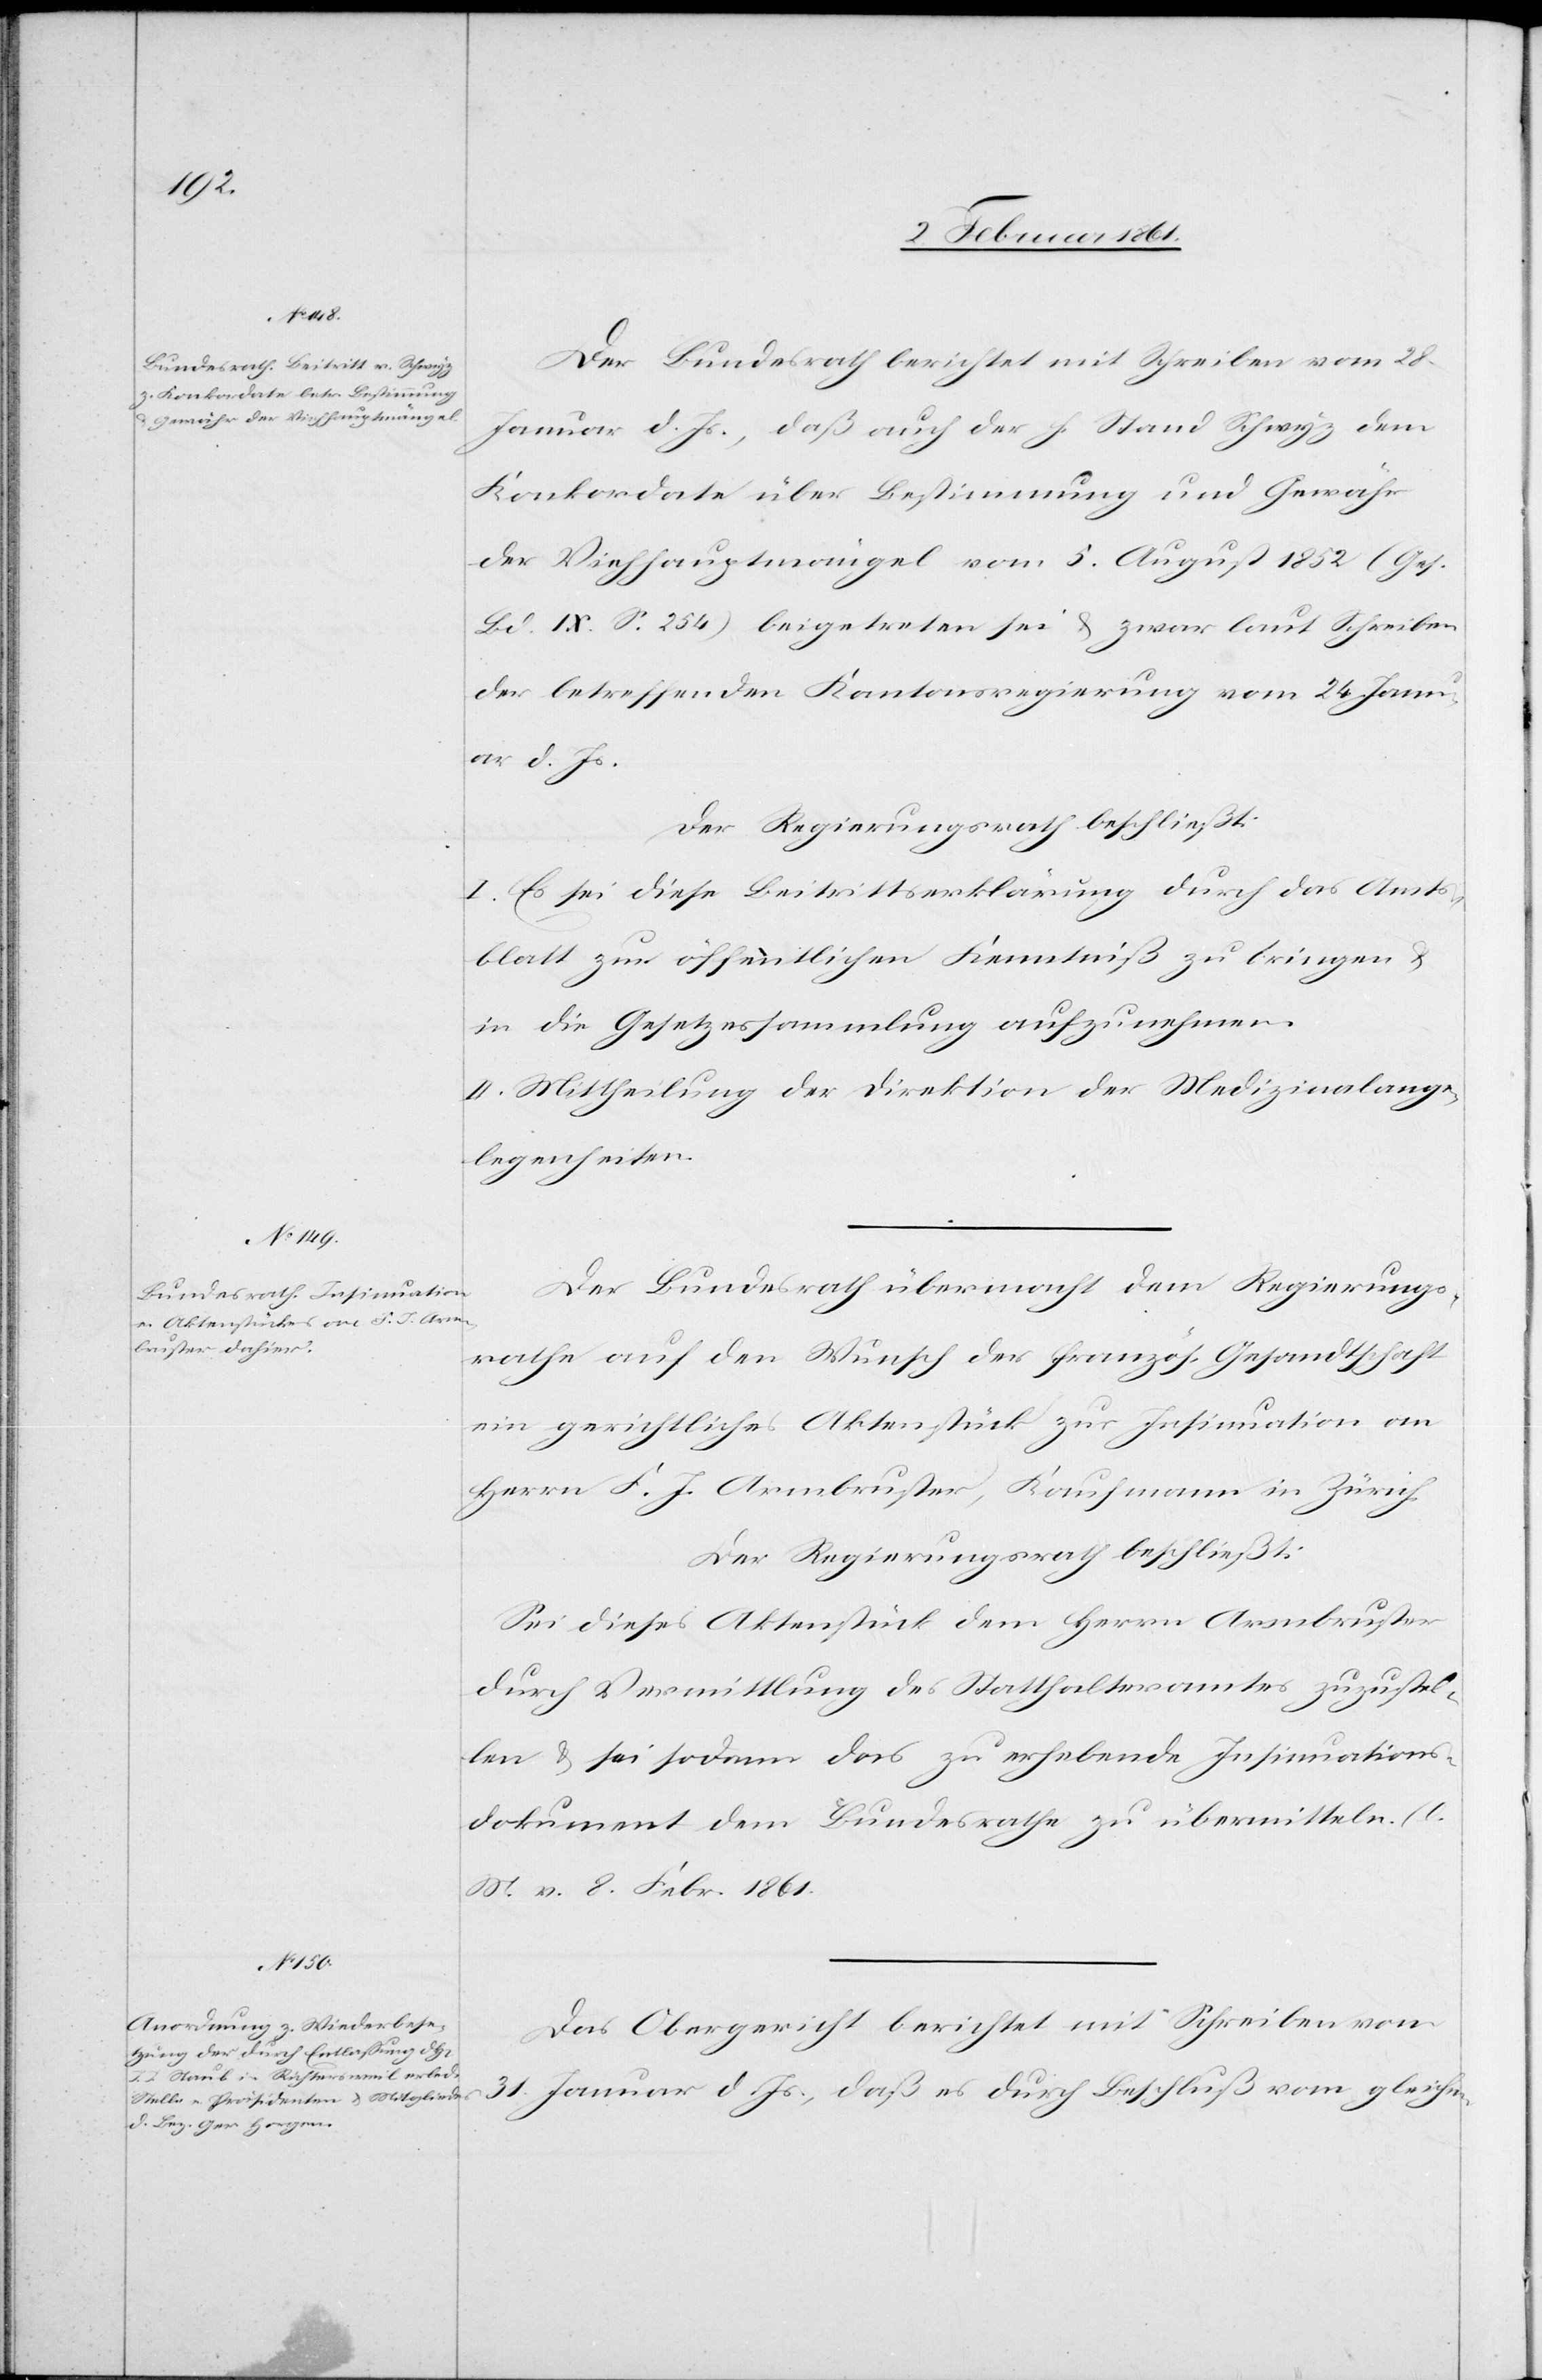
Der Bundesrath berichtet mit Schreiben vom 28.
Januar d. Js., daß auch der h. Stand Schwyz dem
Konkordate über Bestimmung und Gewähr
der Viehhauptmängel vom 5. August 1852 (ges.
Bd. IX. S. 254) beigetreten sei u. zwar laut Schreiben
der betreffenden Kantonsregierung vom 24. Janu¬
ar d. Js.
Der Regierungsrath beschließt:
I. Es sei diese Beitrittserklärung durch das Amts¬
blatt zur öffentlichen Kenntniß zu bringen u.
in die Gesetzessammlung aufzunehmen.
II. Mittheilung der Direktion der Medizinalange¬
legenheiten.
Der Bundesrath übermacht dem Regierungs¬
rathe auf den Wusch der französ. Gesandtschaft
ein gerichtliches Aktenstück zur Insinuation an
Herrn F. J. Armbruster, Kaufmann in Zürich.
Der Regierungsrath beschließt:
Sei dieses Aktenstück dem Herrn Armbruster
durch Vermittlung des Statthalteramtes zuzustel¬
len u. sei sodann das zu erhebende Insinuations¬
dokument dem Bundesrathe zu übermitteln (l.
M. v. 8. Febr. 1861[).]
Das Obergericht berichtet mit Schreiben vom
31. Januar d. Js., daß es durch Beschluß vom gleichen